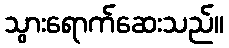
သွားရောက်ဆေးသည်။